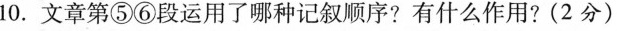
10.文章第⑤⑥段运用了那种记叙项序?有什么作用?( 2 分 )。